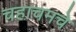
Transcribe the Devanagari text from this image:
चहाचमचे